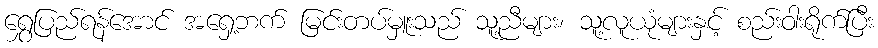
ရွှေပြည်ရန်အောင် အရှေ့ဘက် မြင်းတပ်မှူးသည် သူ့ညီများ၊ သူ့လူယုံများနှင့် စည်းဝါးရိုက်ပြီး